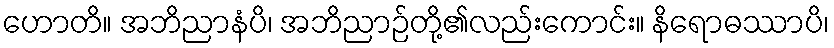
ဟောတိ။ အဘိညာနံပိ၊ အဘိညာဉ်တို့၏လည်းကောင်း။ နိရောဓဿာပိ၊